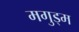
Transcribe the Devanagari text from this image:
मगुड्म